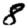
Digit: 8